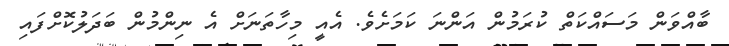
ބާއްވަން މަސައްކަތް ކުރަމުން އަންނަ ކަމަށެވެ. އެއީ މިހާތަނަށް އެ ނިންމުން ބަދަލުކޮށްފައި